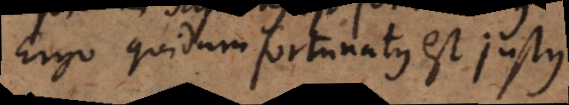
Ergo quidam fortunatus est justus